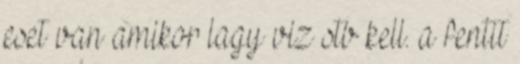
eset van amikor lagy viz stb kell. a fentit